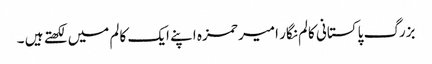
بزرگ پاکستانی کالم نگار امیر حمزہ اپنے ایک کالم میں لکھتے ہیں ۔